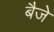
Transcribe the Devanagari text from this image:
बैजे